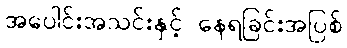
အပေါင်းအသင်းနှင့် နေရခြင်းအပြစ်